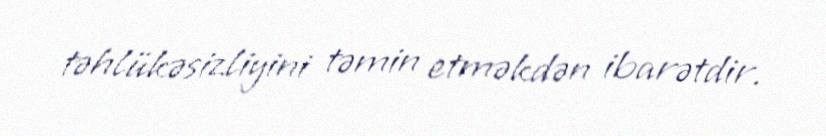
təhlükəsizliyini təmin etməkdən ibarətdir.